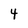
Character: 4